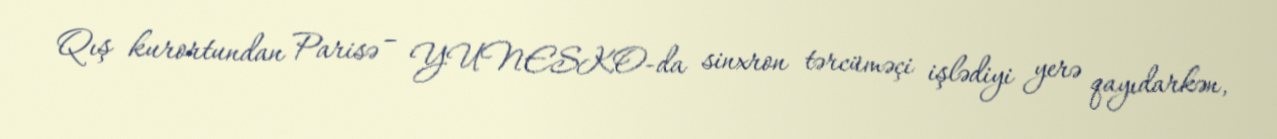
Qış kurortundan Parisə – YUNESKO-da sinxron tərcüməçi işlədiyi yerə qayıdarkən,